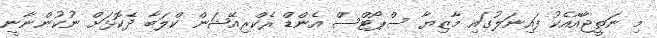
މި ނަތީޖާއާއެކު ފައިނަލުގައި މާޒިޔާ ސްޕޯޓްސް އެންޑް ރެކްރިއޭޝަން ކްލަބާ ދެކޮޅަށް ނުކުންނާނީ